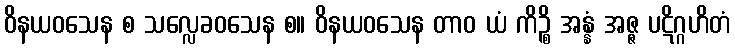
ဝိနယဝသေန စ သလ္လေခဝသေန စ။ ဝိနယဝသေန တာဝ ယံ ကိဉ္စိ အန္နံ အဇ္ဇ ပဋိဂ္ဂဟိတံ